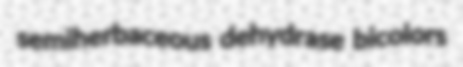
semiherbaceous dehydrase bicolors